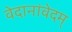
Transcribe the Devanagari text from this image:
वेदानांवेदम्